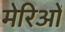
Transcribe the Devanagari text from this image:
मेरिओं